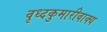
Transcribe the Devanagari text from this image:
वृध्दकुमारीवाक्य